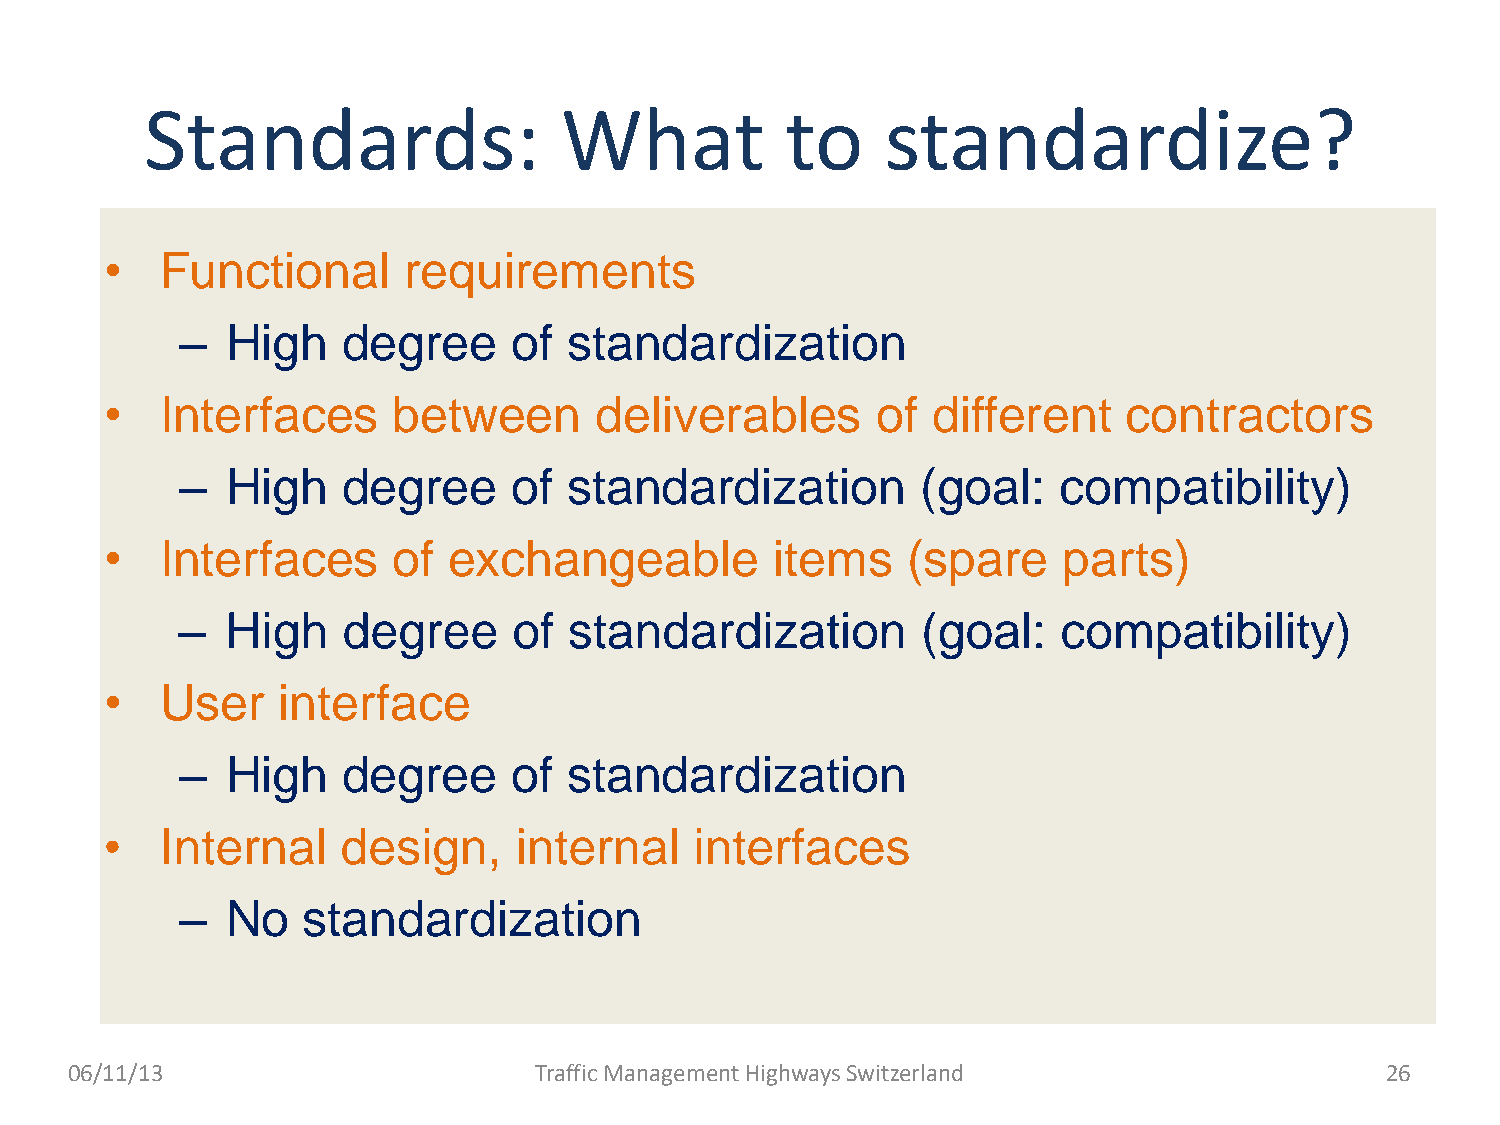
Standards:                 What           to     standardize?
 •   Functional      requirements
 –  High    degree     of  standardization
 •   Interfaces     between      deliverables       of  different    contractors
 –  High    degree     of  standardization        (goal:   compatibility)
 •   Interfaces     of  exchangeable         items    (spare    parts)
 –  High    degree     of  standardization        (goal:   compatibility)
 •   User   interface
 –  High    degree     of  standardization
 •   Internal    design,    internal    interfaces
 –  No   standardization
 06/11/13                      Traffic Management Highways Switzerland                  26